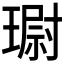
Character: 𮴮